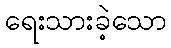
ရေးသားခဲ့သော